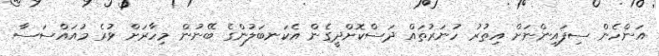
އަންހެން ސިފައިންނަށް އިތުރު ހުނަރުތައް ދަސްކޮށްދީގެން އެކަނބަލުންގެ ބޭނުން މިހާރަށް ވުރެ މުއައްސަސާ